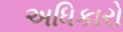
અધિકારો